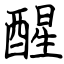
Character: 醒